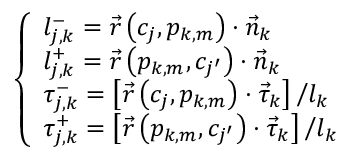
\left\{ \begin{array} { l } { { l _ { j , k } ^ { - } = \vec { r } \left( c _ { j } , p _ { k , m } \right) \cdot \vec { n } _ { k } } } \\ { { l _ { j , k } ^ { + } = \vec { r } \left( p _ { k , m } , c _ { j ^ { \prime } } \right) \cdot \vec { n } _ { k } } } \\ { { \tau _ { j , k } ^ { - } = { \left[ \vec { r } \left( c _ { j } , p _ { k , m } \right) \cdot \vec { \tau } _ { k } \right] \mathord { \left/ { \vphantom { \left[ \vec { r } \left( c _ { j } , p _ { k , m } \right) \cdot \vec { \tau } _ { k } \right] l _ { k } } } \right. \kern - \nulldelimiterspace } l _ { k } } } } \\ { { \tau _ { j , k } ^ { + } = { \left[ \vec { r } \left( p _ { k , m } , c _ { j ^ { \prime } } \right) \cdot \vec { \tau } _ { k } \right] \mathord { \left/ { \vphantom { \left[ \vec { r } \left( p _ { k , m } , c _ { j ^ { \prime } } \right) \cdot \vec { \tau } _ { k } \right] l _ { k } } } \right. \kern - \nulldelimiterspace } l _ { k } } } } \end{array} \right.